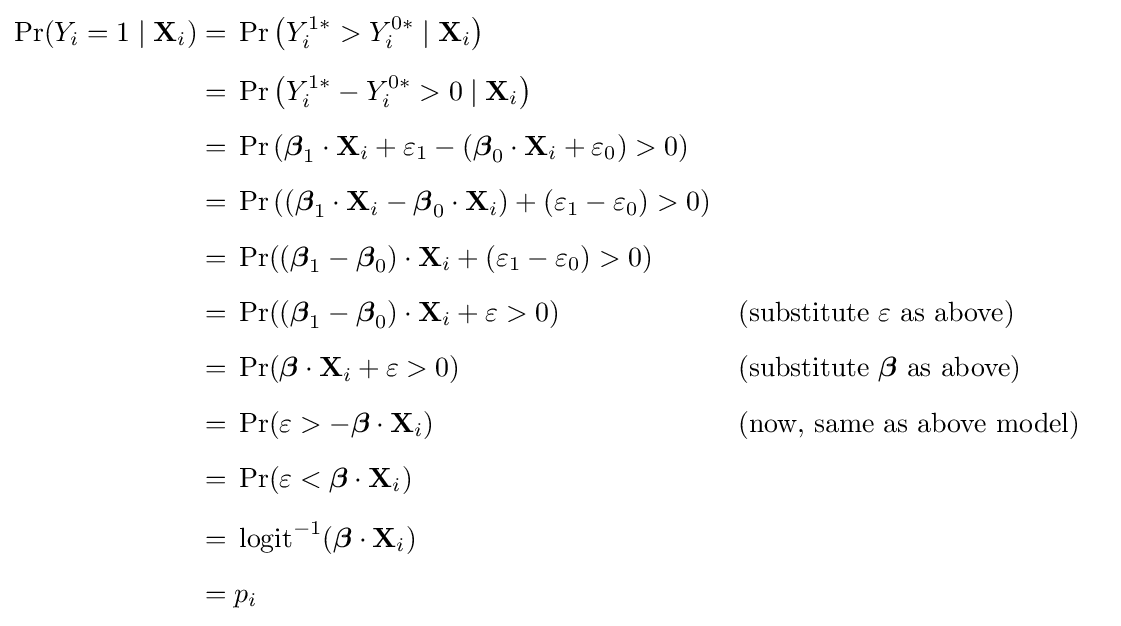
{\begin{aligned}\Pr(Y_{i}=1\mid \mathbf {X} _{i})={}&\Pr \left(Y_{i}^{1\ast }>Y_{i}^{0\ast }\mid \mathbf {X} _{i}\right)&\\[5pt]={}&\Pr \left(Y_{i}^{1\ast }-Y_{i}^{0\ast }>0\mid \mathbf {X} _{i}\right)&\\[5pt]={}&\Pr \left({\boldsymbol {\beta }}_{1}\cdot \mathbf {X} _{i}+\varepsilon _{1}-\left({\boldsymbol {\beta }}_{0}\cdot \mathbf {X} _{i}+\varepsilon _{0}\right)>0\right)&\\[5pt]={}&\Pr \left(({\boldsymbol {\beta }}_{1}\cdot \mathbf {X} _{i}-{\boldsymbol {\beta }}_{0}\cdot \mathbf {X} _{i})+(\varepsilon _{1}-\varepsilon _{0})>0\right)&\\[5pt]={}&\Pr(({\boldsymbol {\beta }}_{1}-{\boldsymbol {\beta }}_{0})\cdot \mathbf {X} _{i}+(\varepsilon _{1}-\varepsilon _{0})>0)&\\[5pt]={}&\Pr(({\boldsymbol {\beta }}_{1}-{\boldsymbol {\beta }}_{0})\cdot \mathbf {X} _{i}+\varepsilon >0)&&{\text{(substitute }}\varepsilon {\text{ as above)}}\\[5pt]={}&\Pr({\boldsymbol {\beta }}\cdot \mathbf {X} _{i}+\varepsilon >0)&&{\text{(substitute }}{\boldsymbol {\beta }}{\text{ as above)}}\\[5pt]={}&\Pr(\varepsilon >-{\boldsymbol {\beta }}\cdot \mathbf {X} _{i})&&{\text{(now, same as above model)}}\\[5pt]={}&\Pr(\varepsilon <{\boldsymbol {\beta }}\cdot \mathbf {X} _{i})&\\[5pt]={}&\operatorname {logit} ^{-1}({\boldsymbol {\beta }}\cdot \mathbf {X} _{i})\\[5pt]={}&p_{i}\end{aligned}}